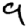
Digit: 9